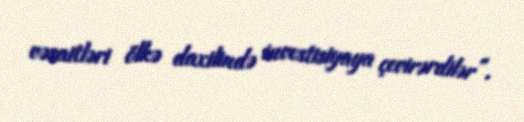
vəsaitləri ölkə daxilində investisiyaya çevirərdilər”.